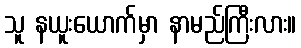
သူ နယူးယောက်မှာ နာမည်ကြီးလား။